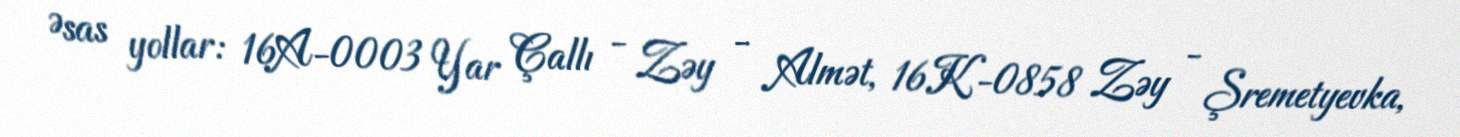
Əsas yollar: 16A-0003 Yar Çallı - Zəy - Almət, 16K-0858 Zəy - Şremetyevka,